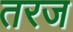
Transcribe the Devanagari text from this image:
तरज